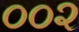
૦૦૨